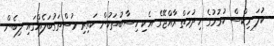
ކުލަ މިކްސް ކުރުމުގެ ހިދުމަތް ރާއްޖޭގެ އެކި ހިސާބުތަކުން ކައިރި މުސްތަގުބަލެއްގައި ލިބެން